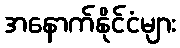
အနောက်နိုင်ငံများ